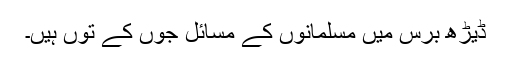
ڈیڑھ برس میں مسلمانوں کے مسائل جوں کے توں ہیں۔